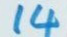
14